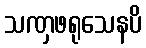
သဏှဖရုသေနပိ